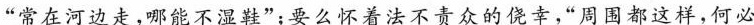
”常在河边走，哪能不湿鞋”；要么怀着法不责众的侥幸，”周围都这样，何必